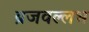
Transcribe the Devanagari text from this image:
ब्रजवल्लभ